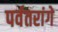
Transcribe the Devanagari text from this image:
पर्वतरांगे